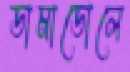
ডামাডোলে